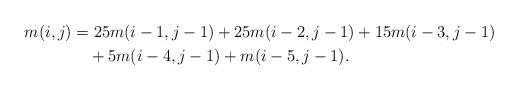
LaTeX: \begin{align*}m(i,j) &=25m(i-1,j-1)+25m(i-2,j-1)+15m(i-3,j-1)\\ &\quad+5m(i-4,j-1)+m(i-5,j-1).\end{align*}